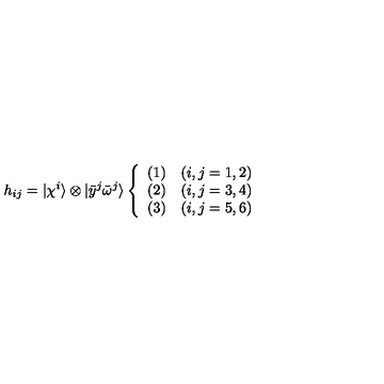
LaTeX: h _ { i j } = | \chi ^ { i } \rangle \otimes | { \bar { y } } ^ { j } { \bar { \omega } } ^ { j } \rangle \left\{ \begin{array} { l l } { ( 1 ) } & { ( i , j = 1 , 2 ) } \\ { ( 2 ) } & { ( i , j = 3 , 4 ) } \\ { ( 3 ) } & { ( i , j = 5 , 6 ) } \\ \end{array} \right.